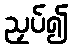
ညှပ်၍